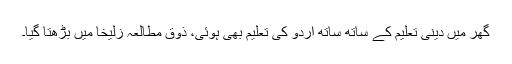
گھر میں دینی تعلیم کے ساتھ ساتھ اُردو کی تعلیم بھی ہوئی، ذوق مطالعہ زُلیخا میں بڑھتا گیا۔